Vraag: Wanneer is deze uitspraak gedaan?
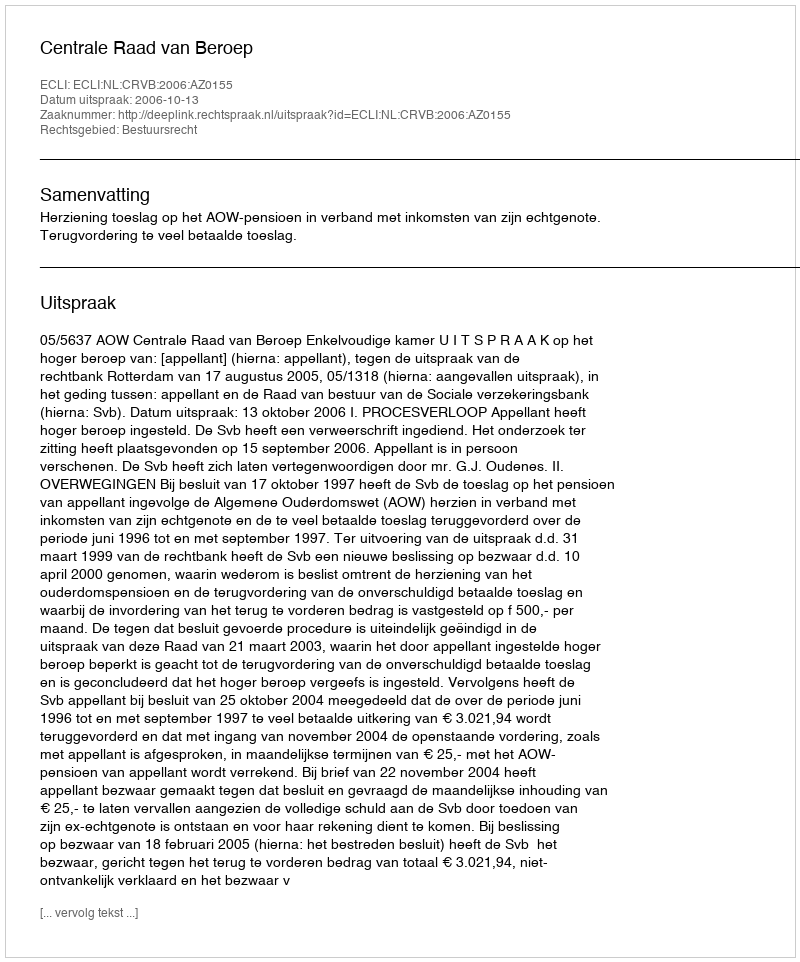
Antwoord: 2006-10-13